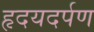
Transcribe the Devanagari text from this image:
हृदयदर्पण